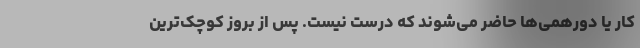
کار یا دورهمی‌ها حاضر می‌شوند که درست نیست. پس از بروز کوچک‌ترین